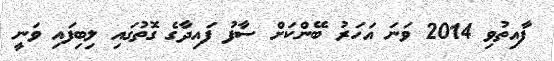
ފާއިތުވި 2014 ވަނަ އަހަރު ބޭންކަށް ސާފު ފައިދާގެ ގޮތުގައި ލިބިފައި ވަނީ